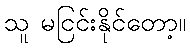
သူ မငြင်းနိုင်တော့။